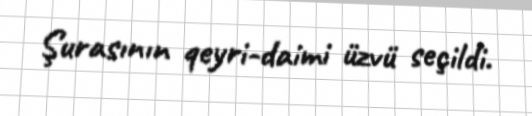
Şurasının qeyri-daimi üzvü seçildi.